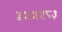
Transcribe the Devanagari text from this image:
५५५५८३